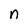
Character: n